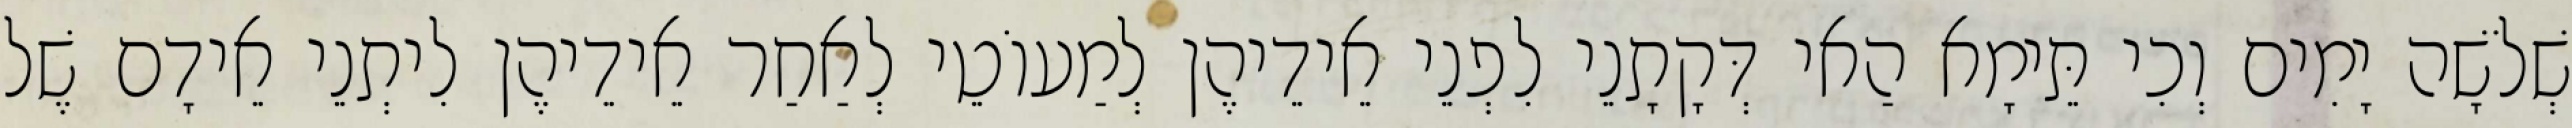
שְׁלֹשָׁה יָמִים וְכִי תֵּימָא הַאי דְּקָתָנֵי לִפְנֵי אֵידֵיהֶן לְמַעוֹטֵי לְאַחַר אֵידֵיהֶן לִיתְנֵי אֵידָם שֶׁל